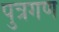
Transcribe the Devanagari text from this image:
पुत्रगण